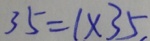
3 5 = 1 \times 3 5 ,